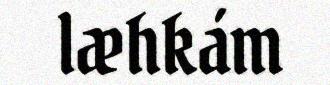
læhkám